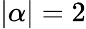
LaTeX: |\alpha|=2